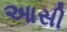
આસી